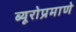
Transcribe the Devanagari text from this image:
ब्यूरोप्रमाणे